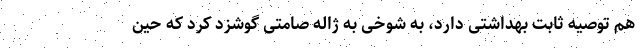
هم توصیه ثابت بهداشتی دارد، به شوخی به ژاله صامتی گوشزد کرد که حین